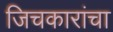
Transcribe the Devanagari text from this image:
जिचकारांचा